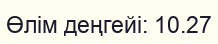
Өлім деңгейі: 10.27